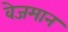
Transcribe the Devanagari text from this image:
वेजमान